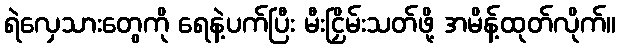
ရဲလှေသားတွေကို ရေနဲ့ပက်ပြီး မီးငြှိမ်းသတ်ဖို့ အမိန့်ထုတ်လိုက်။